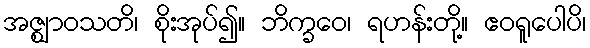
အဇ္ဈာဝသတိ၊ စိုးအုပ်၍။ ဘိက္ခဝေ၊ ရဟန်းတို့။ ဧဝရူပေါပိ၊